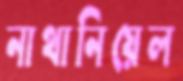
নাথানিয়েল